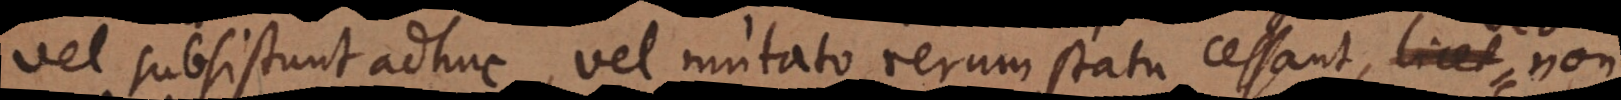
vel subsistunt adhuc, vel mutato rerum statu cessant, sed non